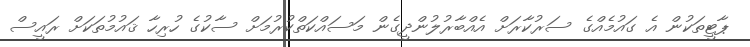
ޕާޓީތަކުން އެ ގައުމެއްގެ ސަރުކާރަށް އެއްބާރުލުންދީގެން މަސައްކަތްކުރުމަށް ސާކުގެ ހުރިހާ ޤައުމުތަކަށް ރައީސް